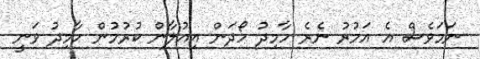
ނަމަވެސް އެ އަމުރު ނެރެ ހާމިދު ހޯދަން އިއުލާން ކުރުމުން ހާމިދު ވަނީ